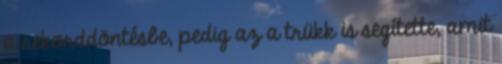
a rekorddöntésbe, pedig az a trükk is segítette, amit